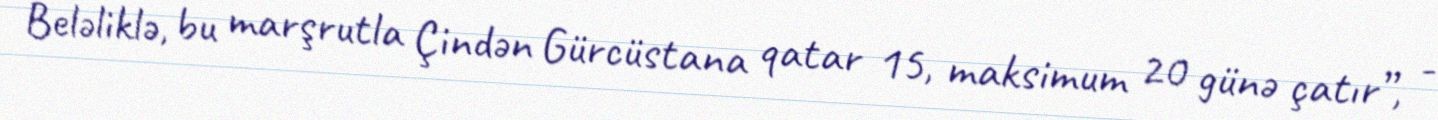
Beləliklə, bu marşrutla Çindən Gürcüstana qatar 15, maksimum 20 günə çatır”, -